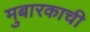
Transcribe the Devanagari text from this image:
मुबारकाची